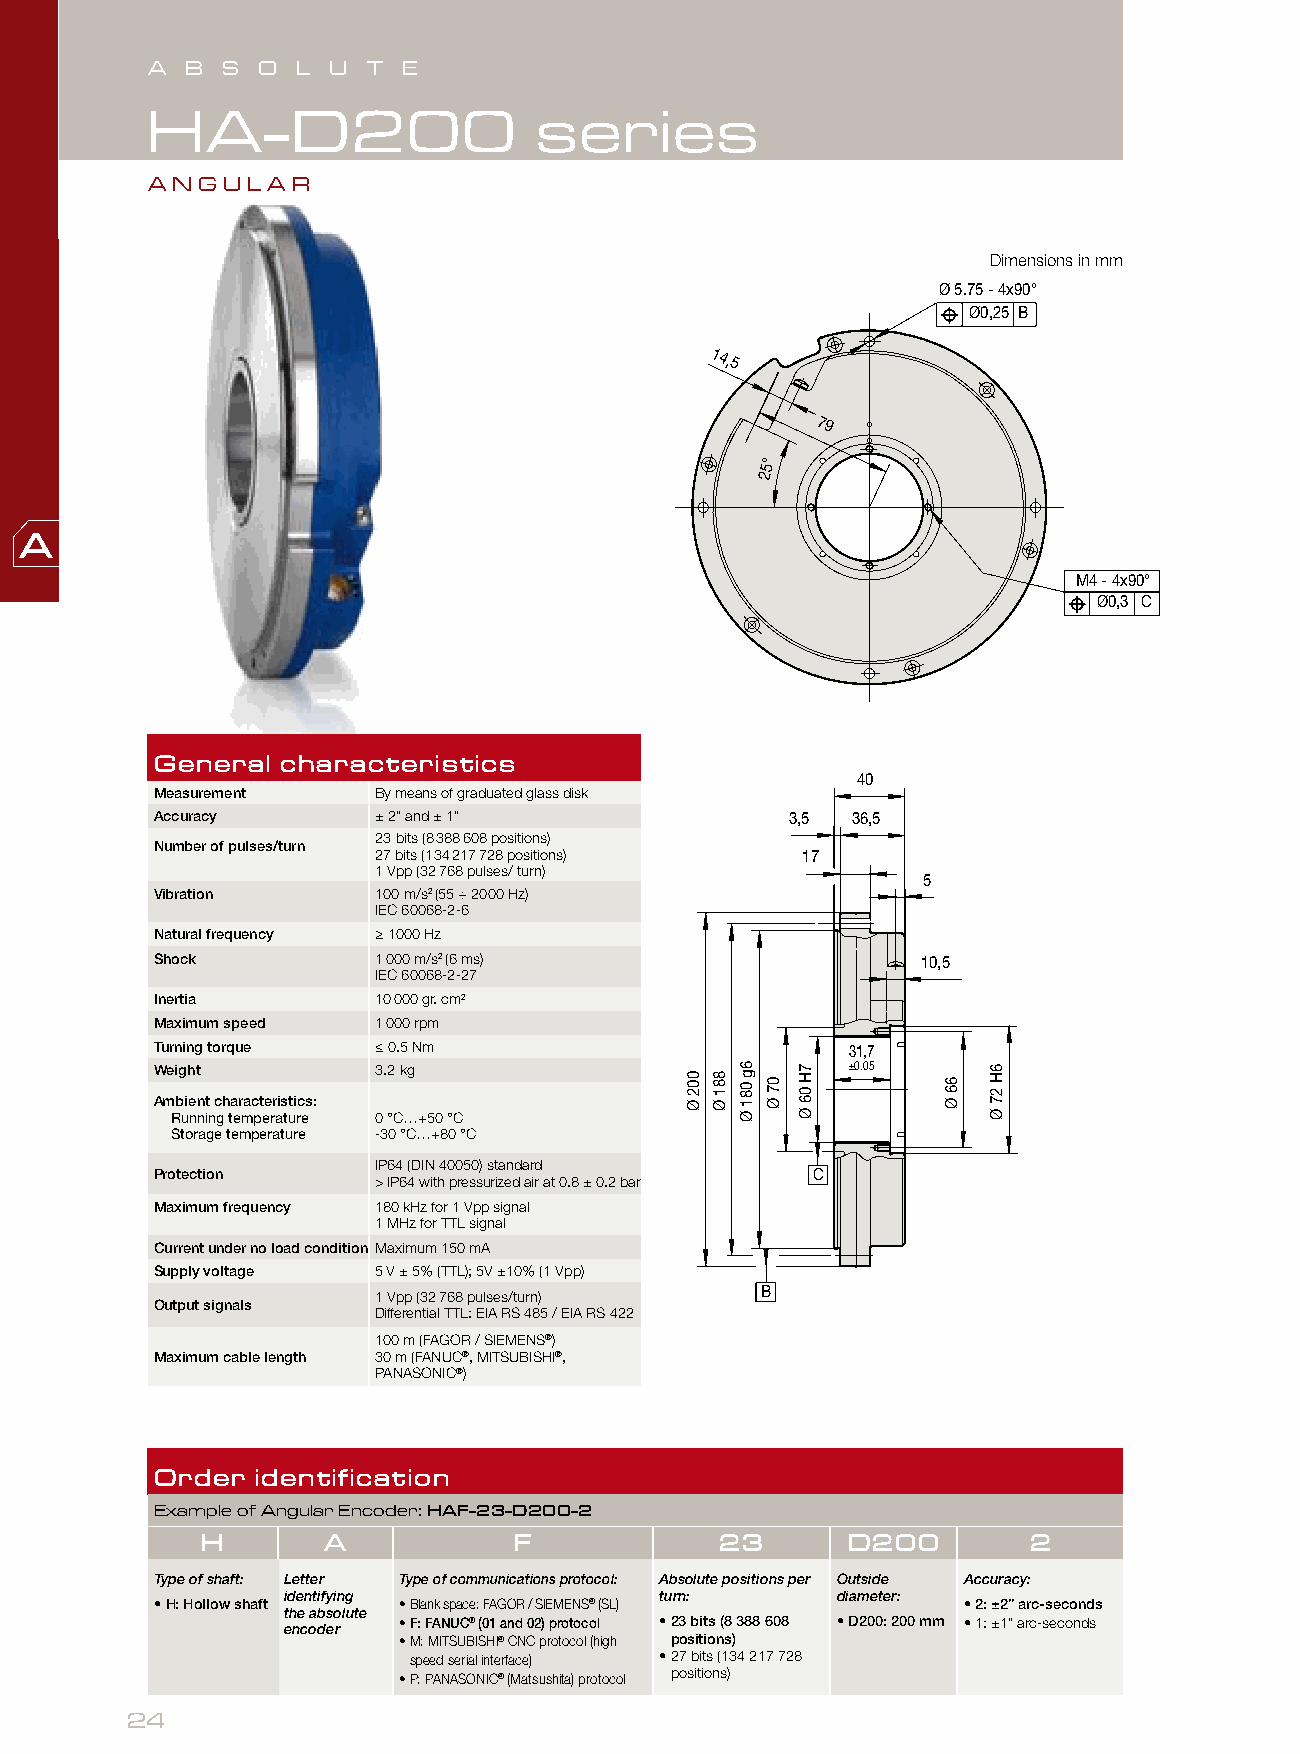
A B  S O  L U T  E
 HA-D200                   series
 ANG  ULAR
 Dimensions in mm
 Ø 5.75 - 4x90°
 Ø0,25 B
 14,5
 79
 5°
 2
 M4 - 4x90°
 Ø0,3 C
 General  characteristics
 40
 Measurement    By means of graduated glass disk
 Accuracy       ± 2” and ± 1”              3,5 36,5
 23 bits (8 388 608 positions)
 Number of pulses/turn
 27 bits (134 217 728 positions) 17
 1 Vpp (32 768 pulses/ turn)
 5
 Vibration      100 m/s2 (55 ÷ 2000 Hz)
 IEC 60068-2-6
 Natural frequency ≥ 1000 Hz
 Shock          1 000 m/s2 (6 ms)                   10,5
 IEC 60068-2-27
 Inertia        10 000 gr. cm2
 Maximum speed  1 000 rpm
 Turning torque ≤ 0.5 Nm                       31,7
 Weight         3.2 kg                         ±0.05
 Ambient characteristics:
 Running temperature 0 °C…+50 °C
 Storage temperature -30 °C…+80 °C
 IP64 (DIN 40050) standard
 Protection                                  C
 > IP64 with pressurized air at 0.8 ± 0.2 bar
 Maximum frequency 180 kHz for 1 Vpp signal
 1 MHz for TTL signal
 Current under no load condition Maximum 150 mA
 Supply voltage 5 V ± 5% (TTL); 5V ±10% (1 Vpp)
 B
 1 Vpp (32768 pulses/turn)
 Output signals
 Differential TTL: EIA RS 485 / EIA RS 422
 100 m (FAGOR / SIEMENS®)
 Maximum cable length 30 m (FANUC®, MITSUBISHI®,
 PANASONIC®)
 Order  identification
 Example of Angular Encoder: HAF-23-D200-2
 H       A            F             23      D200        2
 Type of shaft: Letter Type of communications protocol: Absolute positions per Outside Accuracy:
 identifying              turn:      diameter:
 • H: Hollow shaft • Blank space: FAGOR / SIEMENS® (SL) • 2: ±2” arc-seconds
 the absolute
 • F: FANUC® (01 and 02) protocol • 23 bits (8 388 608 • D200: 200 mm • 1: ±1” arc-seconds
 encoder
 • M: MITSUBISHI® CNC protocol (high positions)
 speed serial interface) • 27 bits (134 217 728
 • P: PANASONIC® (Matsushita) protocol positions)
 24
 002
 Ø
 881
 Ø
 6g
 081
 Ø
 07
 Ø
 7H
 06
 Ø
 66
 Ø
 6H
 27
 Ø